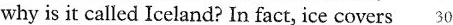
why is it called Iceland? In fact, ice covers 30